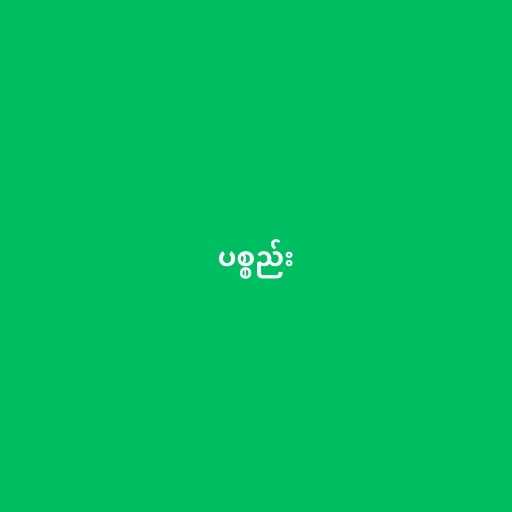
ပစ္စည်း